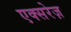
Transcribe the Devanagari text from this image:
एक्सरेज़